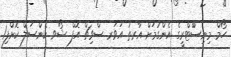
ހޯމް މިނިސްްޓްރީގެ އެންގުމަށް އާރތު އަވަރ ސްވިޗް އޮފް ޝޯވ ކެންސަލް ކޮޮށްފި1